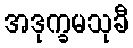
အဒုက္ခမသုခီ